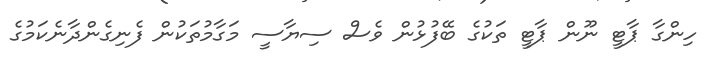
ހިންގާ ޕާޓީ ނޫން ޕާޓީ ތަކުގެ ބޭފުޅުން ވެސް ސިޔާސީ މަގާމުތަކުން ފެނިގެންދާނެކަމުގެ